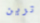
ترين